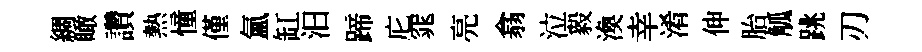
綢瞰讚熱憧僅氲缸汩蹄庀窕亮翕泣毅渙幸淆伸胎觚跳刃